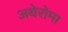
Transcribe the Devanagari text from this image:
अथेरोमा